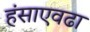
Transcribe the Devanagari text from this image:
हंसाएवढा